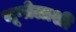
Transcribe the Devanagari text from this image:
भूगोलाशी